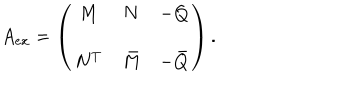
A _ { e x } = \left( \begin{array} { c c c } { { M } } & { { N } } & { { - Q } } \\ { { N ^ { T } } } & { { \bar { M } } } & { { - \bar { Q } } } \\ \end{array} \right) .